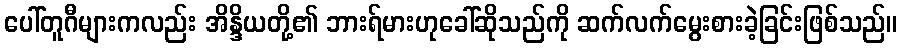
ပေါ်တူဂီများကလည်း အိန္ဒိယတို့၏ ဘားရ်မားဟုခေါ်ဆိုသည်ကို ဆက်လက်မွေးစားခဲ့ခြင်းဖြစ်သည်။